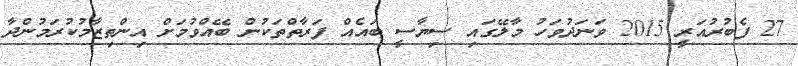
27 ފެބުރުއަރީ 2015 ވަނަދުވަހު މާލޭގައި ސިޔާސީ ބައެއް ފަރާތްތަކުން ބޭއްވުމަށް އިންތިޒާމުކުރަމުންދާ